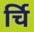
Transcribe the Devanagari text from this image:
र्चि